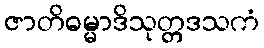
ဇာတိဓမ္မာဒိသုတ္တဒသကံ